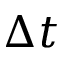
\Delta t